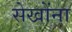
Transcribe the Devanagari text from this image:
सेखोंना